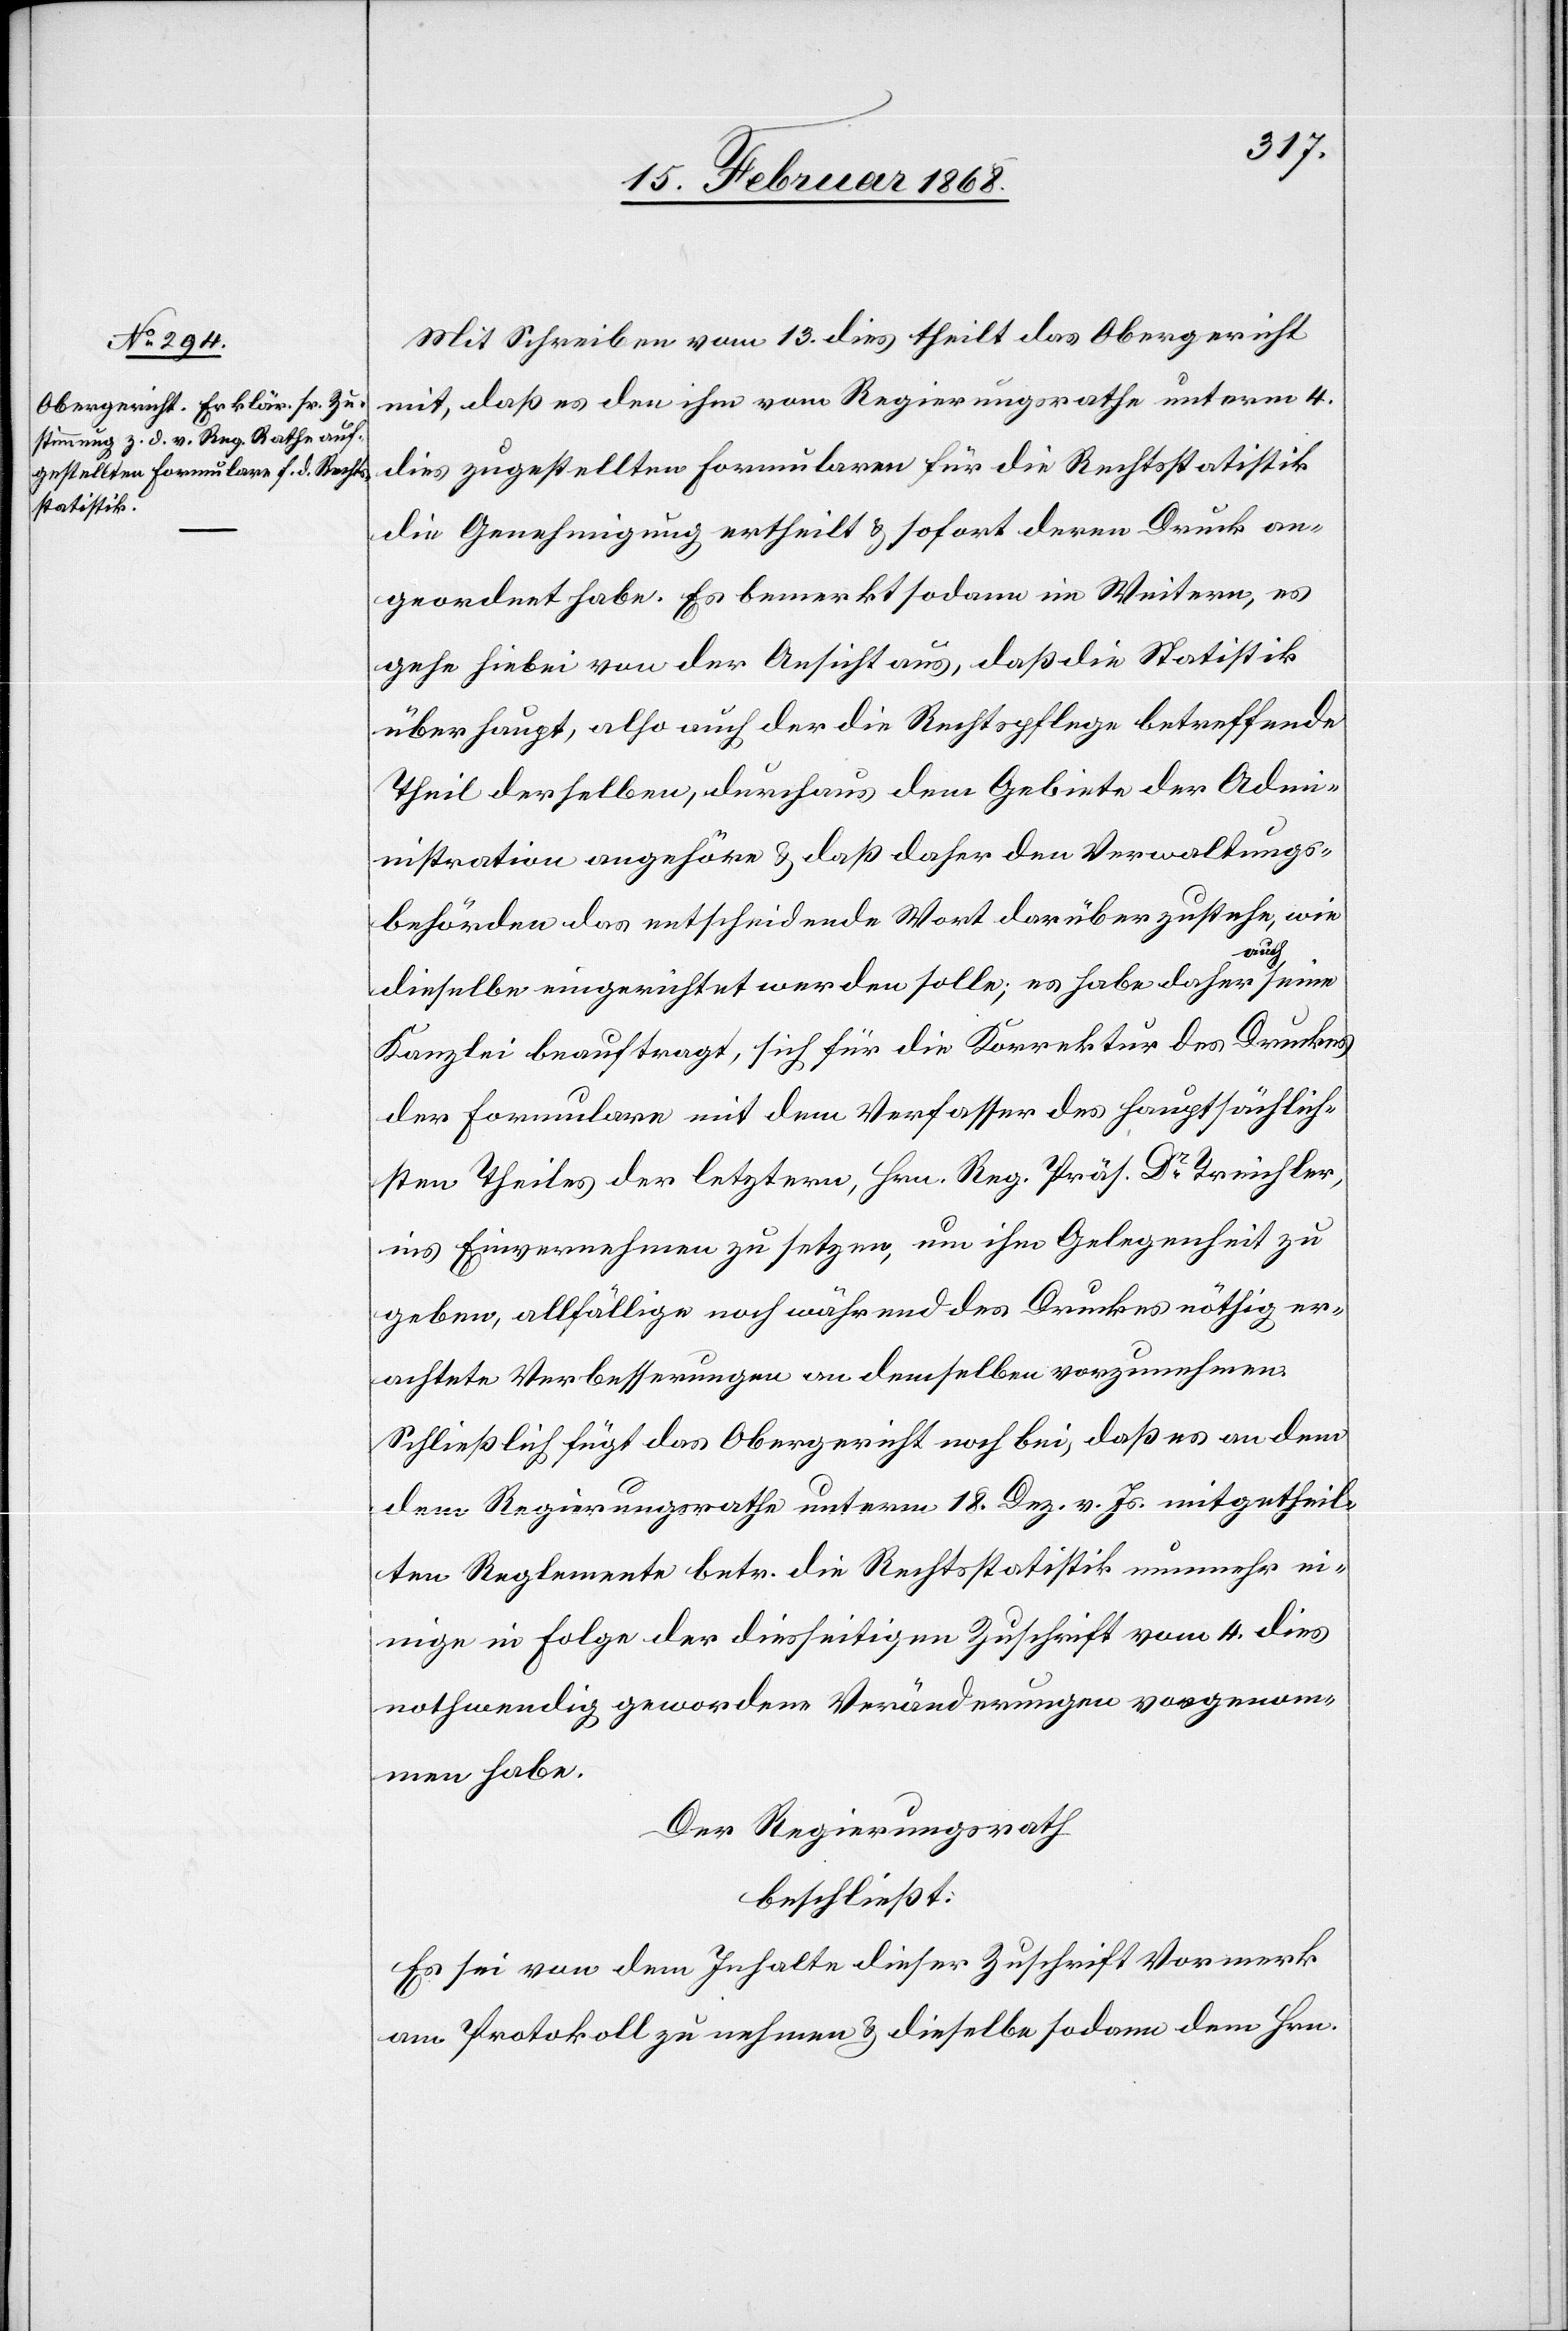
Mit Schreiben vom 13. dies theilt das Obergericht
mit, daß es den ihm vom Regierungsrathe unterm 4.
dies zugestellten Formularen für die Rechtsstatistik
die Genehmigung ertheilt & sofort deren Druck an¬
geordnet habe. Es bemerkt sodann im Weitern, es
gehe hiebei von der Ansicht aus, daß die Statistik
überhaupt, also auch der die Rechtspflege betreffende
Theil derselben, durchaus dem Gebiete der Adm¬
inistration angehöre & daß daher den Verwaltungs¬
behörden das entscheidende Wort darüber zustehe, wie
dieselbe eingerichtet werden solle; es habe daher auch seine
Kanzlei beauftragt, sich für die Korrektur des Druckes
der Formulare mit dem Verfasser des hauptsächlich¬
sten Theiles der letztern, Hrn. Reg. Präs. Dr. Treichler,
ins Einvernehmen zu setzen, um ihm Gelegenheit zu
geben, allfällige noch während des Druckes nöthig er¬
achtete Verbesserungen an demselben vorzunehmen.
Schließlich fügt das Obergericht noch bei, daß es an dem
dem Regierungsrathe unterm 18. Dez. v. Js. mitgetheil¬
ten Reglemente betr. die Rechtsstatistik nunmehr e¬
inige in Folge der diesseitigen Zuschrift vom 4. dies
nothwendig gewordene Veränderungen vorgenom¬
men habe.
Der Regierungsrath
beschließt:
Es sei von dem Inhalte dieser Zuschrift Vormerk
am Protokoll zu nehmen & dieselbe sodann dem Hrn.